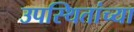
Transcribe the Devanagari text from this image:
उपस्थितांच्या